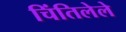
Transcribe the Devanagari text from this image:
चिंतिलेले